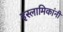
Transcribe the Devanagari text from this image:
इस्लामिकांनी